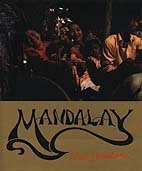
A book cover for Mandalay: Travels from the Golden City; Paul Strachan; Travel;